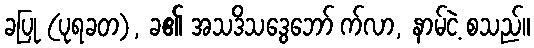
ခပြု (ပုရခတ), ခ၏ အသဒိသဒွေဘော် က်လာ, နာမ်ငဲ့ စသည်။